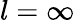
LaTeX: l=\infty